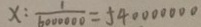
x : \frac { 1 } { 6 0 0 0 0 0 } = 5 4 0 0 0 0 0 0 0